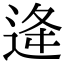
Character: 逄